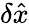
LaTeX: \delta\hat{x}